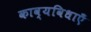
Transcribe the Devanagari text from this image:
काव्यविधाएँ